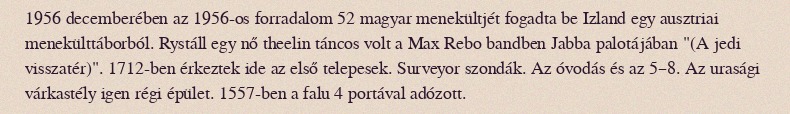
1956 decemberében az 1956-os forradalom 52 magyar menekültjét fogadta be Izland egy ausztriai menekülttáborból. Rystáll egy nő theelin táncos volt a Max Rebo bandben Jabba palotájában "(A jedi visszatér)". 1712-ben érkeztek ide az első telepesek. Surveyor szondák. Az óvodás és az 5–8. Az urasági várkastély igen régi épület. 1557-ben a falu 4 portával adózott.